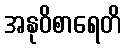
အနုဝိစာရေတိ